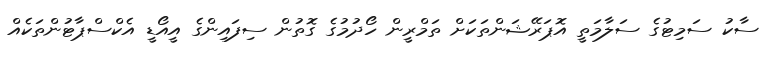
ސާކު ސަމިޓުގެ ސަލާމަތީ އޮޕަރޭޝަންތަކަށް ތަމްރީން ހޯދުމުގެ ގޮތުން ސިފައިންގެ އީއޯޑީ އެކްސްޕާޓުންތަކެއް